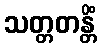
သတ္တတန္တိံ